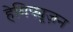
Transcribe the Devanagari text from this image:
हेमिफ्यूज़न